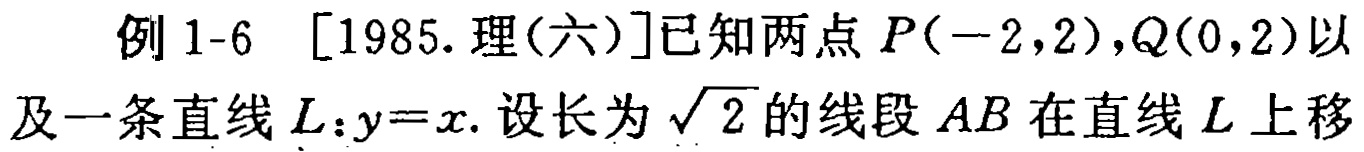
例 1-6 [1985.理(六)]已知两点 \(P(-2,2),Q(0,2)\)以及一条直线 \(L:y = x\). 设长为 \(\sqrt{2}\)的线段 \(AB\)在直线 \(L\)上移